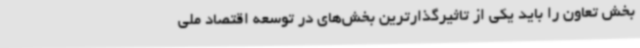
بخش تعاون را باید یکی از تاثیرگذارترین بخش‌های در توسعه اقتصاد ملی